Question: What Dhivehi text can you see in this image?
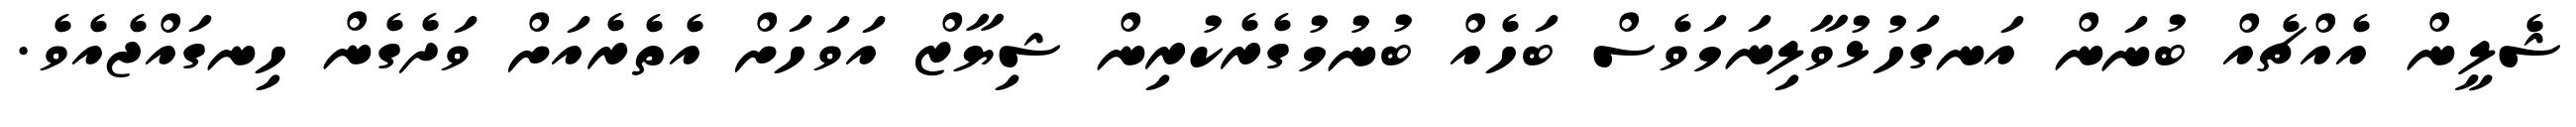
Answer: ޝެލީން އެއްޗެއް ބުނަން އަނގަހުޅުވާލިނަމަވެސް ބަހެއް ބުނުމުގެރެކުރިން ޝިޔާޒް އަވަހަށް އެތެރެއަށް ވަދެގެން ހިނގައްޖެއެވެ.